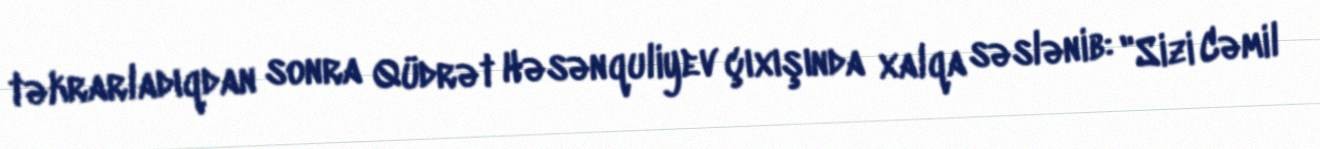
təkrarladıqdan sonra Qüdrət Həsənquliyev çıxışında xalqa səslənib: "Sizi Cəmil